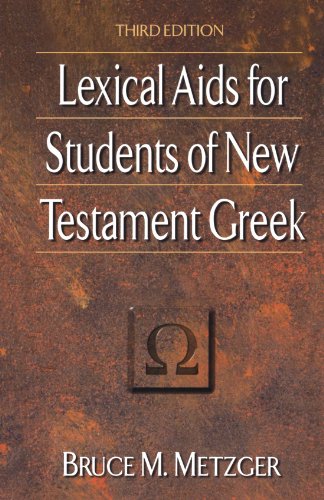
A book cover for Lexical Aids for Students of New Testament Greek; Bruce M. Metzger; Christian Books & Bibles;